Insane asylums Bombay 1873-77 - 1873-1877
Year: 1873
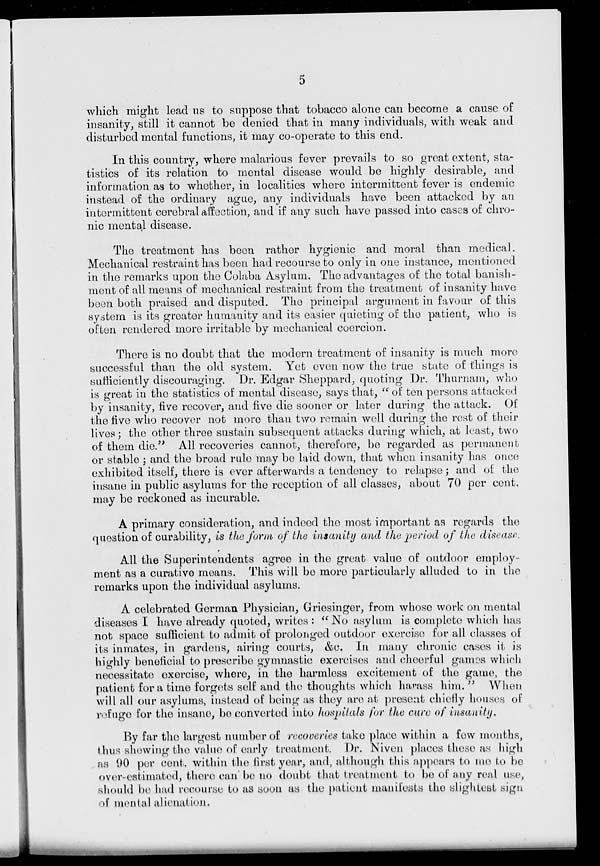
5
which might lead us to suppose that tobacco alone can become a cause of
insanity, still it cannot be denied that in many individuals, with weak and
disturbed mental functions, it may co-operate to this end.
In this country, where malarious fever prevails to so great extent, sta-
tistics of its relation to mental disease would be highly desirable, and
information as to whether, in localities where intermittent fever is endemic
instead of the ordinary ague, any individuals have been attacked by an
intermittent cerebral affection, and if any such have passed into cases of chro-
nic mental disease.
The treatment has been rather hygienic and moral than medical.
Mechanical restraint has been had recourse to only in one instance, mentioned
in the remarks upon the Colaba Asylum. The advantages of the total banish-
ment of all means of mechanical restraint from the treatment of insanity have
been both praised and disputed. The principal argument in favour of this
system is its greater humanity and its easier quieting of the patient, who is
often rendered more irritable by mechanical coercion.
There is no doubt that the modern treatment of insanity is much more
successful than the old system. Yet even now the true state of things is
sufficiently discouraging. Dr. Edgar Sheppard, quoting Dr. Thurnam, who
is great in the statistics of mental disease, says that, " of ten persons attacked
by insanity, five recover, and five die sooner or later during the attack. Of
the five who recover not more than two remain well during the rest of their
lives; the other throe sustain subsequent attacks during which, at least, two
of them die." All recoveries cannot, therefore, be regarded as permanent
or stable ; and the broad rule may be laid down, that when insanity has once
exhibited itself, there is ever afterwards a tendency to relapse; and of the
insane in public asylums for the reception of all classes, about 70 per cent.
may be reckoned as incurable.
A primary consideration, and indeed the most important as regards the
question of curability, is the form of the insanity and the period of the disease
All the Superintendents agree in the great value of outdoor employ-
ment as a curative means. This will be more particularly alluded to in the
remarks upon the individual asylums.
A celebrated German Physician, Griesinger, from whose work on mental
diseases I have already quoted, writes : "No asylum is complete which has
not space sufficient to admit of prolonged outdoor exercise for all classes of
its inmates, in gardens, airing courts, &c. In many chronic cases it is
highly beneficial to prescribe gymnastic exercises and cheerful games which
necessitate exercise, where, in the harmloss excitement of the game, the
patient for a time forgets self and the thoughts which harass him. " When
will all our asylums, instead of being as they are at prosent chiefly houses of
refugo for the insane, bo converted into hospitals for the cure of insanity.
By far the largest number of recoveries take place within a few months,
thus showing the value of early treatment. Dr. Niven places these as high
as 90 per cent. within the first year, and, although this appears to me to be
over-estimated, there can be no doubt that treatment to bo of any real use
should bo had recourse to as soon as the patient manifests the slightest sign
of mental alienation.